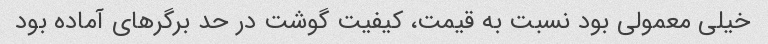
خیلی معمولی بود نسبت به قیمت، کیفیت گوشت در حد برگر‌های آماده بود